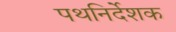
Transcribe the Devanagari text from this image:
पथनिर्देशक